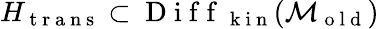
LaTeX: H_{\mathrm{~t~r~a~n~s~}}\subset\mathrm{~D~i~f~f~}_{\mathrm{~k~i~n~}}(\mathcal{M}_{\mathrm{~o~l~d~}})